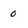
Character: o